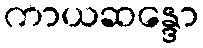
ကာယဆန္ဒော